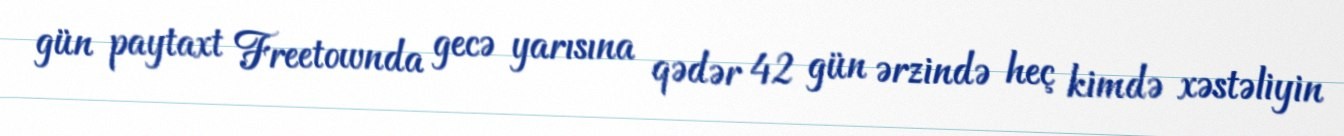
gün paytaxt Freetownda gecə yarısına qədər 42 gün ərzində heç kimdə xəstəliyin